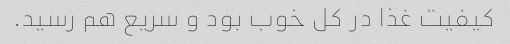
کیفیت غذا در کل خوب بود و سریع هم رسید.